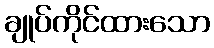
ချုပ်ကိုင်ထားသော